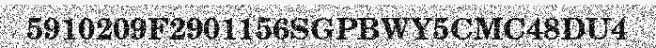
5910209F2901156SGPBWY5CMC48DU4